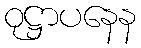
ဝုဋ္ဌာပနေန